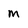
Character: m